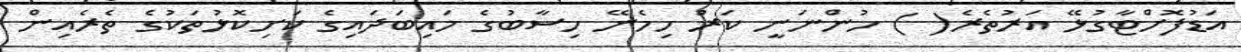
އަޑުފޮށްޓާގުޅޭ އަރުތެރެ( ) ހުންނަނީ ކަރު ހިމެނޭ ހިސާބުގެ މައިބަދައިގެ ކަށިކޮޅުތަކުގެ ތެރެއިން